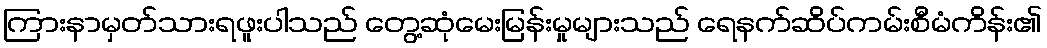
ကြားနာမှတ်သားရဖူးပါသည် တွေ့ဆုံမေးမြန်းမှုများသည် ရေနက်ဆိပ်ကမ်းစီမံကိန်း၏